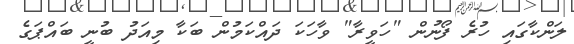
ލަންކާގައި ހުރެ ފޯނުން "ހަވީރާ" ވާހަކަ ދައްކަމުން ބަކާ މިއަދު ބުނީ ބައްޕަގެ